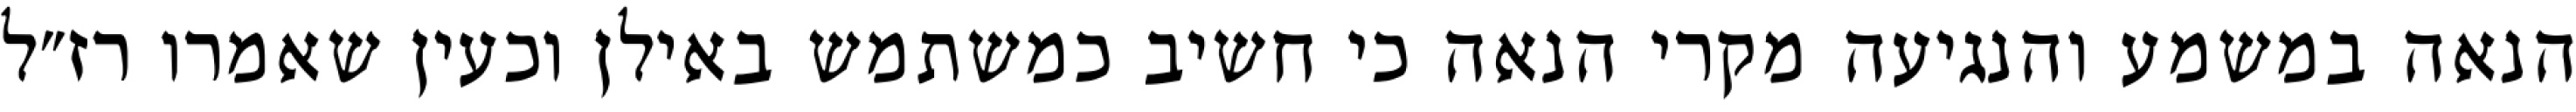
הנאה במשמע והנגיעה מקרי הנאה כי חשיב כמשתמש באילן וכעין שאמרו רז״ל